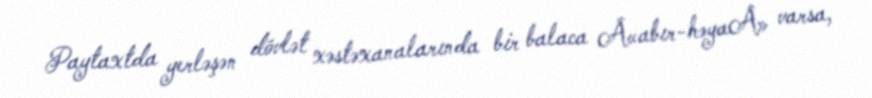
Paytaxtda yerləşən dövlət xəstəxanalarında bir balaca Â«abır-həyaÂ» varsa,